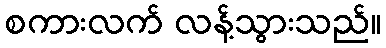
စကားလက် လန့်သွားသည်။